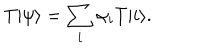
T | \psi \rangle = \sum _ { i } \alpha _ { i } T | i \rangle .